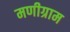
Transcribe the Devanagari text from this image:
मणीग्राम